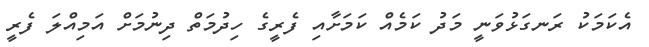
އެކަމަކު ރަނގަޅުވަނީ މަދު ކަމެއް ކަމަށާއި ފެރީގެ ހިދުމަތް ދިނުމަށް އަމިއްލަ ފެރީ